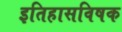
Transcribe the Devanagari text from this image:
इतिहासविषक